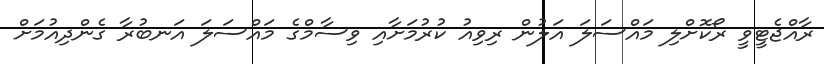
ރާއްޖެޓީވީ ރޯކޮށްލި މައްސަލަ އަލުން ރިވިއު ކުރުމަށާއި ވިސާމްގެ މައްސަލަ އަނބުރާ ގެންދިއުމަށް